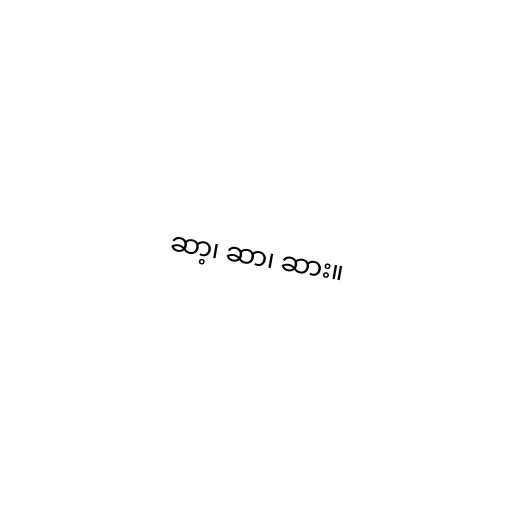
ဆာ့၊ ဆာ၊ ဆား။